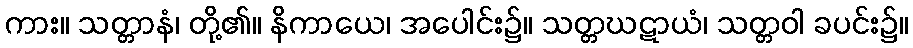
ကား။ သတ္တာနံ၊ တို့၏။ နိကာယေ၊ အပေါင်း၌။ သတ္တဃဋာယံ၊ သတ္တဝါ ခပင်း၌။